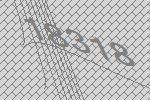
18318